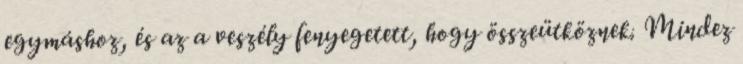
egymáshoz, és az a veszély fenyegetett, hogy összeütköznek. Mindez